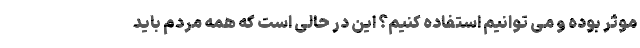
موثر بوده و می توانیم استفاده کنیم؟ این در حالی است که همه مردم باید